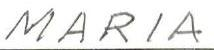
MARIA